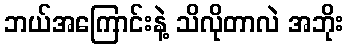
ဘယ်အကြောင်းနဲ့ သိလိုတာလဲ အဘိုး